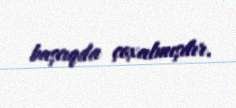
başcıqda çoxalmışdır.